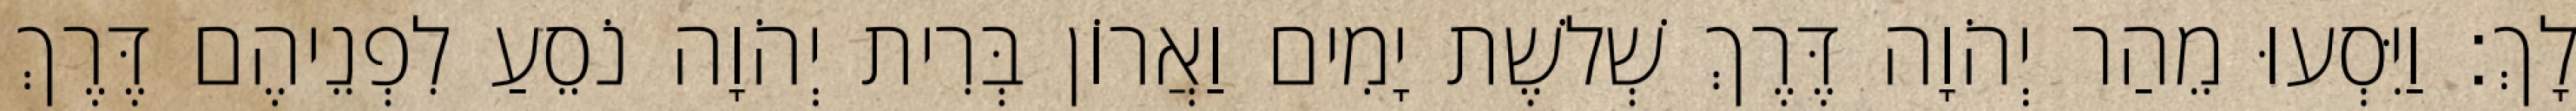
לָךְ׃ וַיִּסְעוּ מֵהַר יְהֹוָה דֶּרֶךְ שְׁלשֶׁת יָמִים וַאֲרוֹן בְּרִית יְהֹוָה נֹסֵעַ לִפְנֵיהֶם דֶּרֶךְ